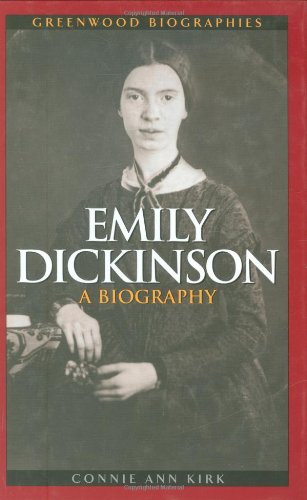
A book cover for Emily Dickinson:  A Biography; Connie Ann Kirk; Literature & Fiction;